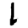
Digit: 1